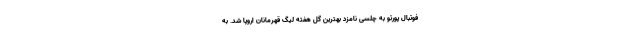
فوتبال پورتو به چلسی نامزد بهترین گل هفته لیگ قهرمانان اروپا شد. به